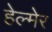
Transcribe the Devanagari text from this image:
हेल्मेर